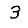
Digit: 3